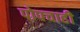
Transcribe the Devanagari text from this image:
पोपचाही